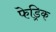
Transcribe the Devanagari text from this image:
फेड्रिक